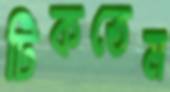
টিকতেম